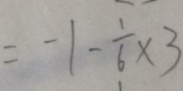
= - 1 - \frac { 1 } { 6 } \times 3